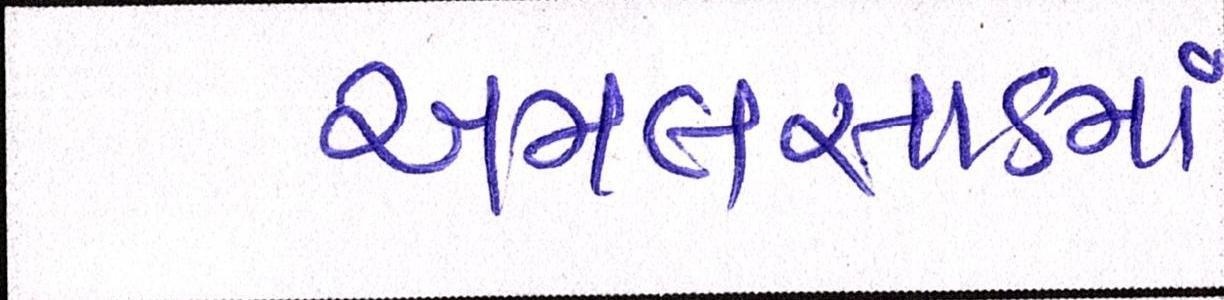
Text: અમલસાડમાં